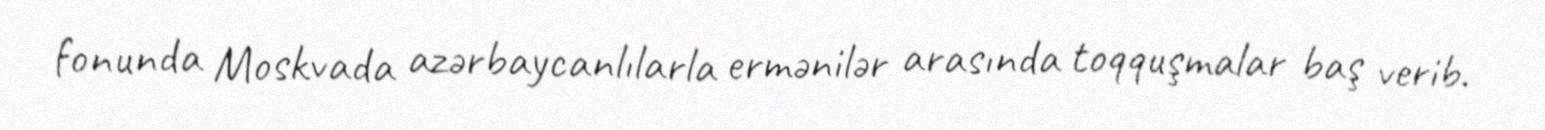
fonunda Moskvada azərbaycanlılarla ermənilər arasında toqquşmalar baş verib.